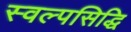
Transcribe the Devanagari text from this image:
स्वल्पसिद्धि